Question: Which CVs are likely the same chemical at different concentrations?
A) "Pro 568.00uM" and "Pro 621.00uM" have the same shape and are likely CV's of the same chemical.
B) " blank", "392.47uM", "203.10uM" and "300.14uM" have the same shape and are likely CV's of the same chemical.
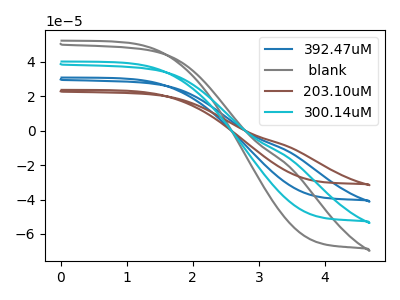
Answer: <think>The blue curve "392.47uM" has no peaks. The gray curve " blank" has no peaks. The brown curve "203.10uM" has no peaks. The cyan curve "300.14uM" has no peaks.
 Neither "392.47uM" or " blank" have any peaks. Neither "392.47uM" or "203.10uM" have any peaks. Neither "392.47uM" or "300.14uM" have any peaks. Neither " blank" or "203.10uM" have any peaks. Neither " blank" or "300.14uM" have any peaks. Neither "203.10uM" or "300.14uM" have any peaks.</think>
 <answer>B) " blank", "392.47uM", "203.10uM" and "300.14uM" have the same shape and are likely CV's of the same chemical.</answer>
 <eval>B</eval>